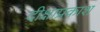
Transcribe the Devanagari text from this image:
दीक्षाप्रकाश